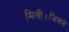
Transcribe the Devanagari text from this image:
मिली।जिसमे